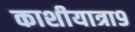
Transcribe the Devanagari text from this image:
काशीयात्रा९